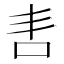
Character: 𭇈